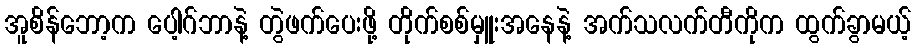
အူစိန်ဘော့က ပေါ့ဂ်ဘာနဲ့ တွဲဖက်ပေးဖို့ တိုက်စစ်မှူးအနေနဲ့ အက်သလက်တီကိုက ထွက်ခွာမယ့်